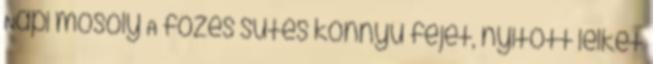
Napi mosoly A főzés sütés könnyű fejet, nyitott lelket